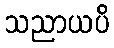
သညာယပိ